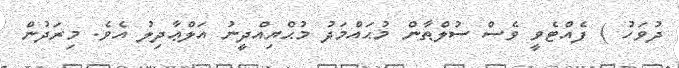
ދުވަހު ) ފެއްޓެވީ ވެސް ސުލްޠާން މުޙައްމަދު މުޙްޔިއްދީނު އަލްޢާދިލު އެވެ. މިރަދުން